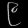
Digit: ၉